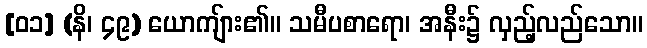
[၀၁] (နိ၊ ၄၉) ယောကျ်ား၏။ သမီပစာရော၊ အနီး၌ လှည့်လည်သော။